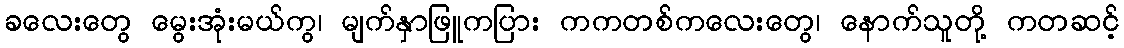
ခလေးတွေ မွေးအုံးမယ်ကွ၊ မျက်နှာဖြူကပြား ကကတစ်ကလေးတွေ၊ နောက်သူတို့ ကတဆင့်